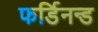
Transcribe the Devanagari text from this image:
फर्डिनन्ड